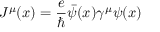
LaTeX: J ^ { \mu } ( x ) = { \frac { e } { \hbar } } { \bar { \psi } } ( x ) \gamma ^ { \mu } \psi ( x )